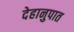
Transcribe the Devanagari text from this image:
देहानुपात